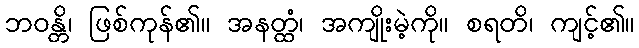
ဘဝန္တိ၊ ဖြစ်ကုန်၏။ အနတ္ထံ၊ အကျိုးမဲ့ကို။ စရတိ၊ ကျင့်၏။